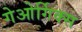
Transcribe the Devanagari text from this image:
गेओर्गिक्स